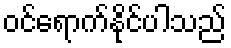
ဝင်ရောက်နိုင်ပါသည်